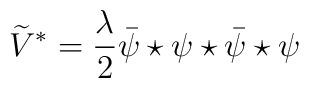
\widetilde{V}^*=\frac{\lambda}{2}     \bar{\psi}\star\psi\star\bar{\psi}\star\psi